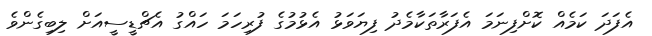
އެފަދަ ކަމެއް ކޮށްފިނަމަ އެފަރާތަކާމެދު ފިޔަވަޅު އެޅުމުގެ ފުރިހަމަ ހައްގު އެޗްޑީސީއަށް ލިބިގެންވެ